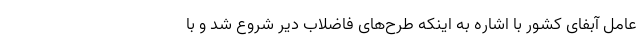
عامل آبفای کشور با اشاره به اینکه طرح‌های فاضلاب دیر شروع شد و با